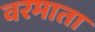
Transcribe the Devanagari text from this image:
वरमाता